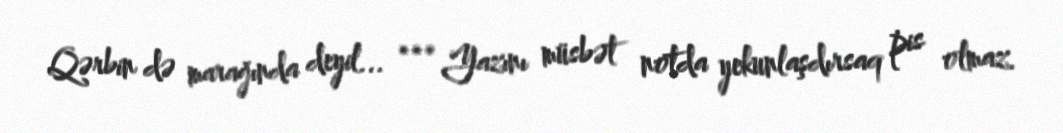
Qərbin də marağında deyil... *** Yazını müsbət notda yekunlaşdırsaq pis olmaz.